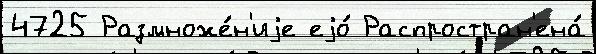
4725 Размноже́н'иjе еjо́ Распростран'ена́